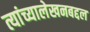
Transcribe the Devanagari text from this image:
त्यांच्यालेखनबद्दल